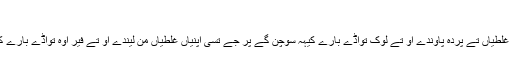
‏
جے تُسی ہمیشاں اپنیاں غلطیاں تے پردہ پاؤندے او تے لوک تواڈے بارے کیہہ سوچن گے پر جے تُسی اپنیاں غلطیاں من لیندے او تے فیر اوہ تواڈے بارے کیہہ محسوس کرن گے؟